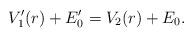
LaTeX: \begin{align*} V'_1(r) + E'_0 = V_2(r) + E_0. \end{align*}